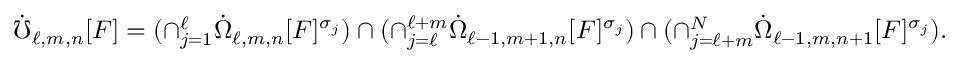
\dot { \mho } _ { \ell , m , n } [ F ] = ( \cap _ { j = 1 } ^ { \ell } \dot { \Omega } _ { \ell , m , n } [ F ] ^ { \sigma _ { j } } ) \cap ( \cap _ { j = \ell } ^ { \ell + m } \dot { \Omega } _ { \ell - 1 , m + 1 , n } [ F ] ^ { \sigma _ { j } } ) \cap ( \cap _ { j = \ell + m } ^ { N } \dot { \Omega } _ { \ell - 1 , m , n + 1 } [ F ] ^ { \sigma _ { j } } ) .